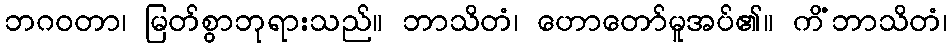
ဘဂဝတာ၊ မြတ်စွာဘုရားသည်။ ဘာသိတံ၊ ဟောတော်မူအပ်၏။ ကိံဘာသိတံ၊